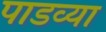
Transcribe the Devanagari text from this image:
पाडव्या